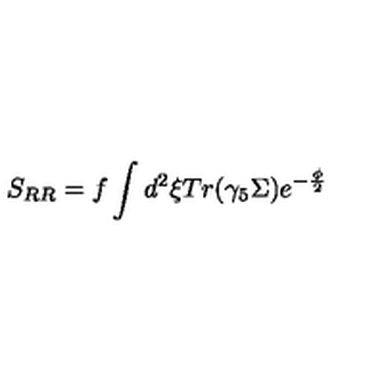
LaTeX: S _ { R R } = f \int d ^ { 2 } \xi T r ( \gamma _ { 5 } \Sigma ) e ^ { - \frac { \phi } { 2 } }